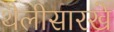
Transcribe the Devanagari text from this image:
थैलीसारखे